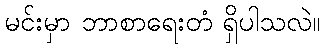
မင်းမှာ ဘာစာရေးတံ ရှိပါသလဲ။